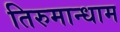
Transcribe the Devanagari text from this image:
तिरुमान्धाम